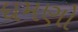
ધમણો